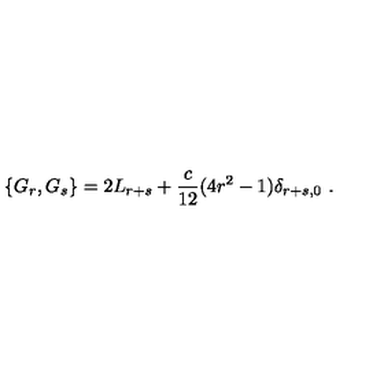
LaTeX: \{ G _ { r } , G _ { s } \} = 2 L _ { r + s } + \frac { c } { 1 2 } ( 4 r ^ { 2 } - 1 ) \delta _ { r + s , 0 } \ .